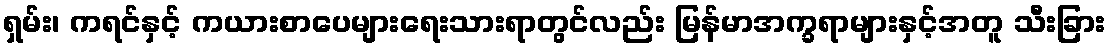
ရှမ်း၊ ကရင်နှင့် ကယားစာပေများရေးသားရာတွင်လည်း မြန်မာအက္ခရာများနှင့်အတူ သီးခြား